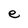
Character: e